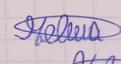
Signature authenticity: genuine